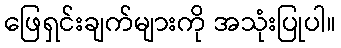
ဖြေရှင်းချက်များကို အသုံးပြုပါ။